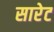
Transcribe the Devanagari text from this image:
सारेट